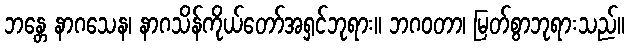
ဘန္တေ နာဂသေန၊ နာဂသိန်ကိုယ်တော်အရှင်ဘုရား။ ဘဂဝတာ၊ မြတ်စွာဘုရားသည်။